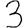
Digit: 3